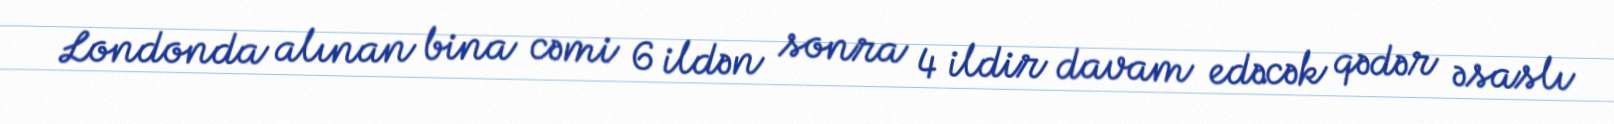
Londonda alınan bina cəmi 6 ildən sonra 4 ildir davam edəcək qədər əsaslı